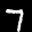
Label: 7